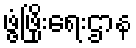
ဖွံ့ဖြိုးရေးဌာန